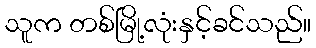
သူက တစ်မြို့လုံးနှင့်ခင်သည်။